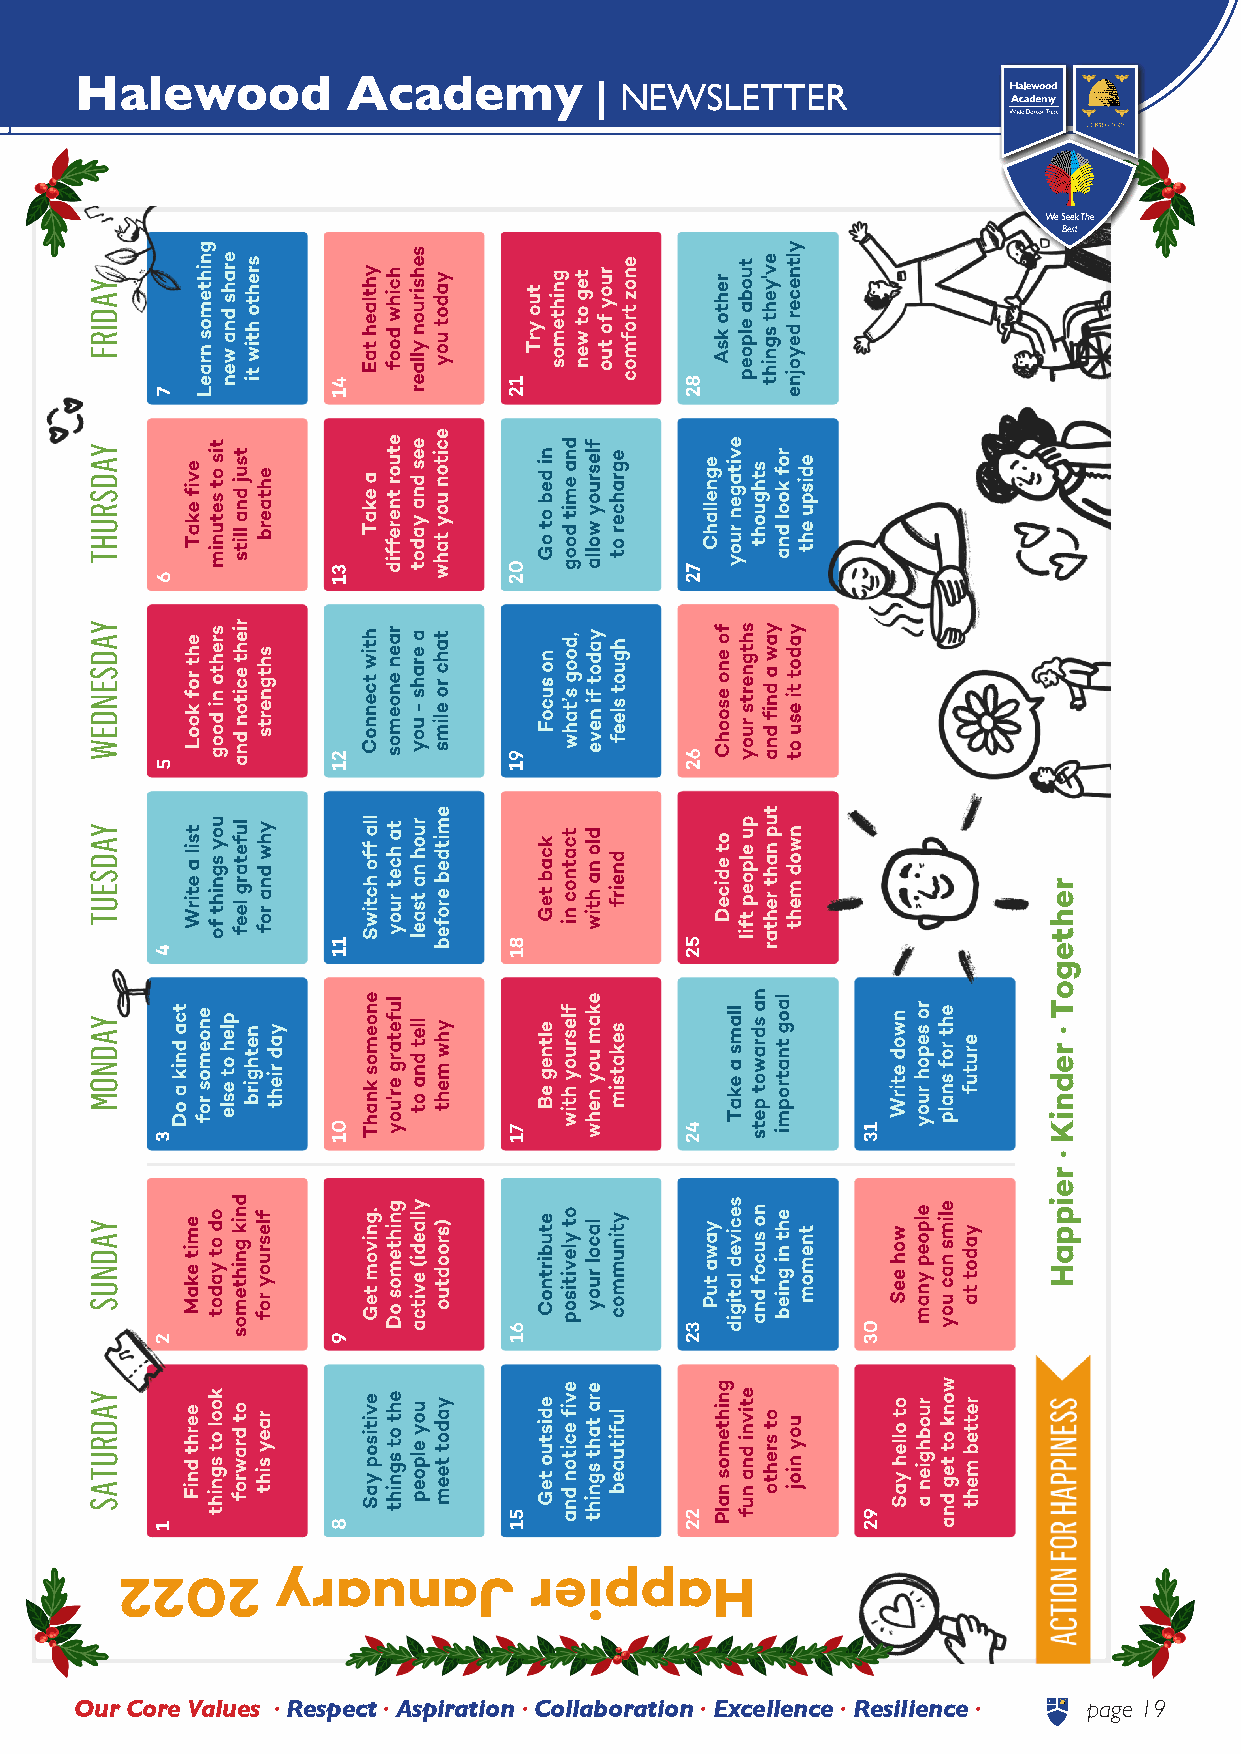
Halewood          Academy         | NEWSLETTER
 2202      yraunaJ          reippaH
 Our Core Values • Respect • Aspiration • Collaboration • Excellence • Resilience • page 19
 YADIRF
 YADSRUHT
 YADSENDEW
 YADSEUT
 YADNOM
 YADNUS
 YADRUTAS
 rehtegoT
 ·
 redniK
 ·
 reippaH